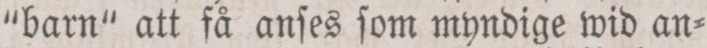
“barn“ att få anſes ſom myndige wid an=